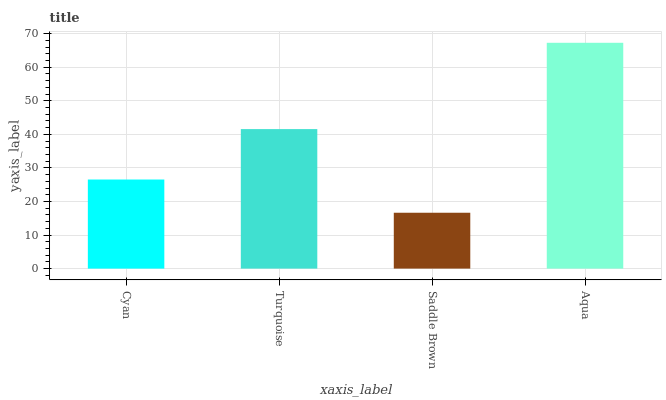
| xaxis_label | bars |
 | --- | --- |
 | Cyan | 26.5 |
 | Turquoise | 41.6 |
 | Saddle Brown | 16.6 |
 | Aqua | 67.3 |